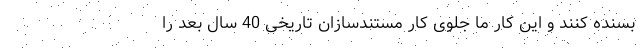
بسنده کنند و این کار ما جلوی کار مستندسازان تاریخی 40 سال بعد را